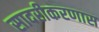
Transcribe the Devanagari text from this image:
सादरीकरणास